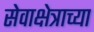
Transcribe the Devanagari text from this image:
सेवाक्षेत्राच्या